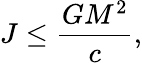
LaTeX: J\leq{\frac{GM^{2}}{c}},